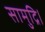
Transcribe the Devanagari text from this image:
सामुद्रि।